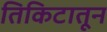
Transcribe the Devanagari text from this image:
तिकिटातून